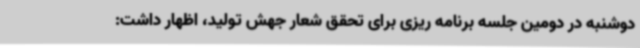
دوشنبه در دومین جلسه برنامه ریزی برای تحقق شعار جهش تولید، اظهار داشت: